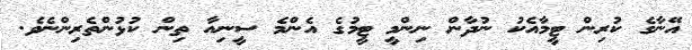
އޭނާގެ ކުރިން ޓީމާއެކު ނުދާން ނިންމީ ޓީމުގެ އެންމެ ސީނިއާ ތިން ކުޅުންތެރިންނެވެ.